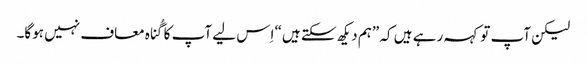
‏ لیکن آپ تو کہہ رہے ہیں کہ ”‏ہم دیکھ سکتے ہیں“‏ اِس لیے آپ کا گُناہ معاف نہیں ہوگا۔